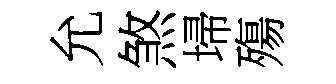
允煞埽殤